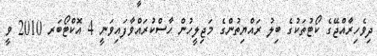
ދިވެހިރާއްޖޭގެ ކޯޓުތަކުގެ ބިލު ރައްޔިތުންގެ މަޖިލީހުން ހާސްކުރައްވާފައިވަނީ 4 އޮކްޓޯބަރ 2010 ވީ